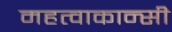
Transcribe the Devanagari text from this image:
महत्वाकान्सी